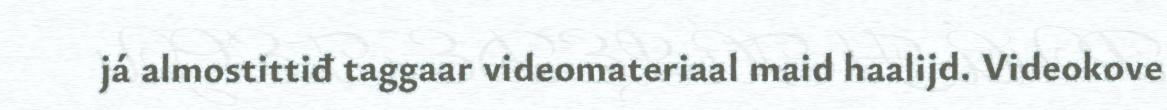
já almostittiđ taggaar videomateriaal maid haalijd. Videokove